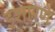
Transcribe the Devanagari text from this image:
इशारणे